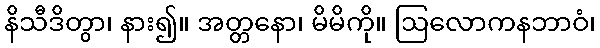
နိသီဒိတွာ၊ နား၍။ အတ္တနော၊ မိမိကို။ ဩလောကနဘာဝံ၊